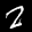
Label: 2